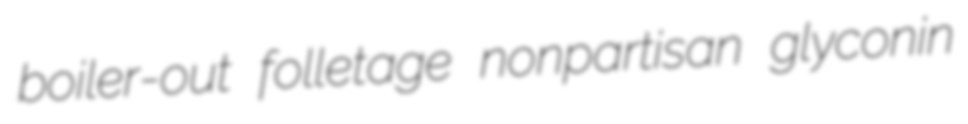
boiler-out folletage nonpartisan glyconin